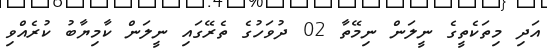
އަދި މިތަކެތީގެ ނީލަން ނިމޭތާ 02 ދުވަހުގެ ތެރޭގައި ނީލަން ކާމިޔާބު ކުރެއްވި